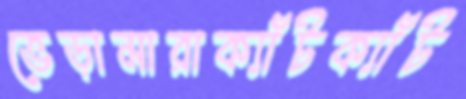
ভেড়ামারাক্যাঁটক্যাঁট